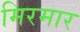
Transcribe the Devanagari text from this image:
मिरमार